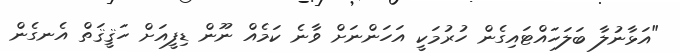
"އަޅާނުލާ ބަލަހައްޓައިގެން ހުރުމަކީ އަހަންނަށް ވާނެ ކަމެއް ނޫން ޑިފީއަށް ހަޤީޤަތް އެނގެން